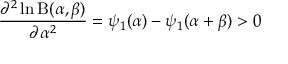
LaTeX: { \frac { \partial ^ { 2 } \ln \mathrm { B } ( \alpha , \beta ) } { \partial \alpha ^ { 2 } } } = \psi _ { 1 } ( \alpha ) - \psi _ { 1 } ( \alpha + \beta ) > 0